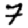
Digit: 7